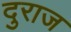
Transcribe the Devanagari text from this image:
दुराज